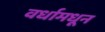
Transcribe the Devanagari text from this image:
वर्धामधून